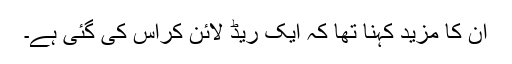
ان کا مزید کہنا تھا کہ ایک ریڈ لائن کراس کی گئی ہے۔